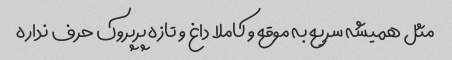
مثل همیشه سریع به موقع و کاملا داغ و تازه پرپروک حرف نداره